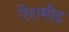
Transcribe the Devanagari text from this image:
ऐशमीड